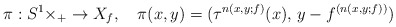
\begin{align*}\pi:S^{1}\times\real_{+}\to X_{f},\quad\pi(x,y)=(\tau^{n(x,y;f)}(x),\,y-f^{(n(x,y;f))})\end{align*}